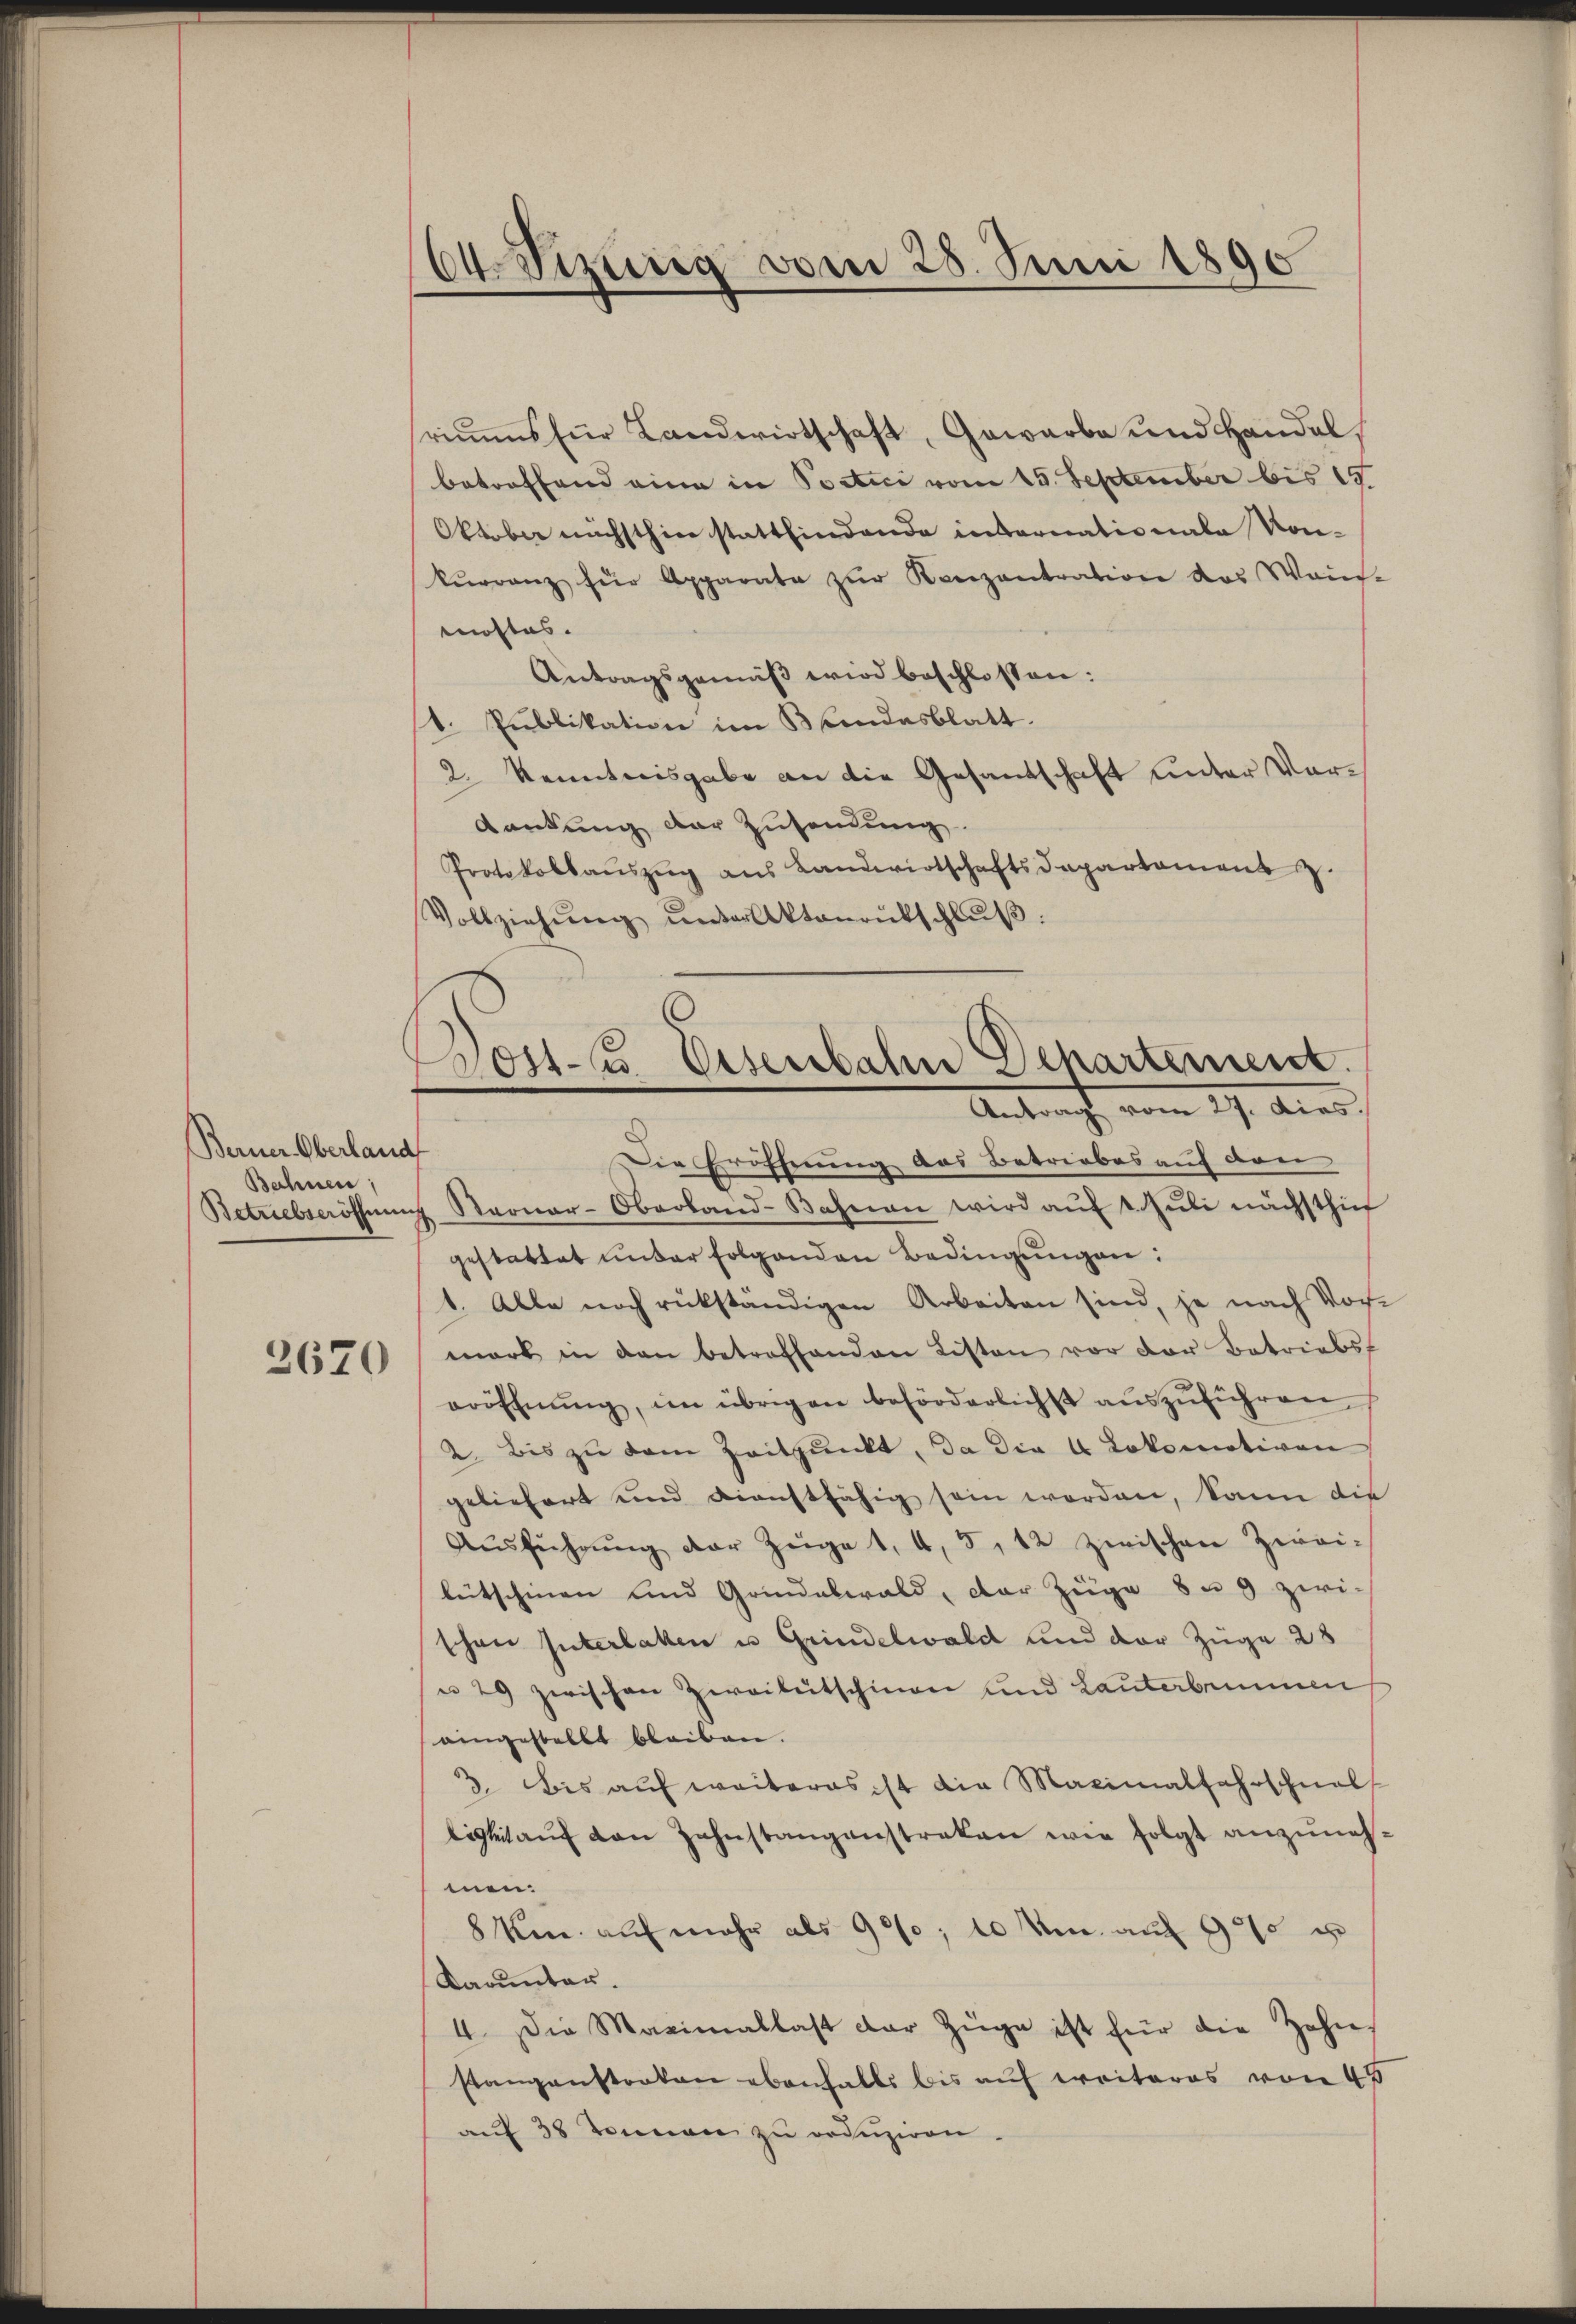
Berner Oberland
Bahnen,

3670

64. Sitzung vom 28. Juni 1890

riums für Landwirtschaft, Gewarbe und Handel,
betreffend eine in Poctici vom 15. September bis 19.
Oktober nächsthin stattfindende internationale Konkŭrranz für Apparate zŭr Kanzentration das Wais-
mostas.
Antragsgemäß wird beschlossen:
1. Publikation im Blindesblatt.
2. Kenntnisgabe an die Gesandschaft unter Vordankung der Zusendung.
Protokollaŭszŭg aŭs Landwirtschaftsdepartamens z.
Vollziehŭng ŭnterlaktanentschlŭβ:
Die Eröffnung des Betriebes auf den
Betueberöffnung Sternar-Oberband-Bahnen wird auf 1. Juli nächsthin
gestattet unter folgenden Bedingungen:
1. Alle noch rükständigen Arbeiten sind, je nach Vor-
mark in den betreffenden Listen vor der Betriebs
eröffnŭng, im übrigen beförderlichst aŭszŭführen
2. Bis zŭ dem Zeitpunkt, da die 4 Lokomotiven
geliefert und dienstfähig sein worden, kann die
Aŭsführung der Züge 1, 4, 5, 12 zwischen Zwei-
letschinen und Grindelwald, der Züge 8 u. 9 zwi-
schon Interlaken u Grindelwald und der Züge 28
u 29 zwischen Zweikutschinen und Lauterbrunnen
eingestellt bleiben.
3. bis auf weiteres ist die Maximalfahrschnell
ligkeit aŭf von Zahnstangenstreken wie folgt anzunehmen:
8 km. auf mehr als 90/0; 10 Um auf 900 u
Darunter.
4. Die Maximallast der Züge ist für die Zahn-
stangenstraten ebenfalls bis auf weiteres von 45
auf 38 Tonnen zu reduziren.

Post- u. Eisenbahn Departement.
Antracht, vom 17. Auss